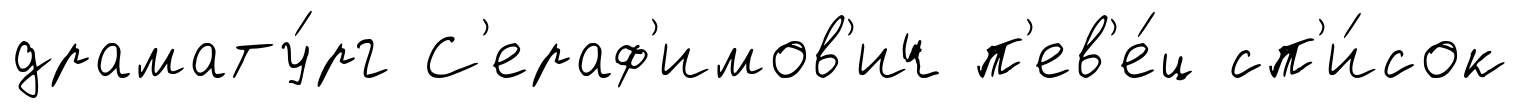
драмату́рг С'ераф'имов'ич п'ев'е́ц сп'и́сок